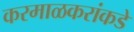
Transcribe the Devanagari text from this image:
करमाळकरांकडे